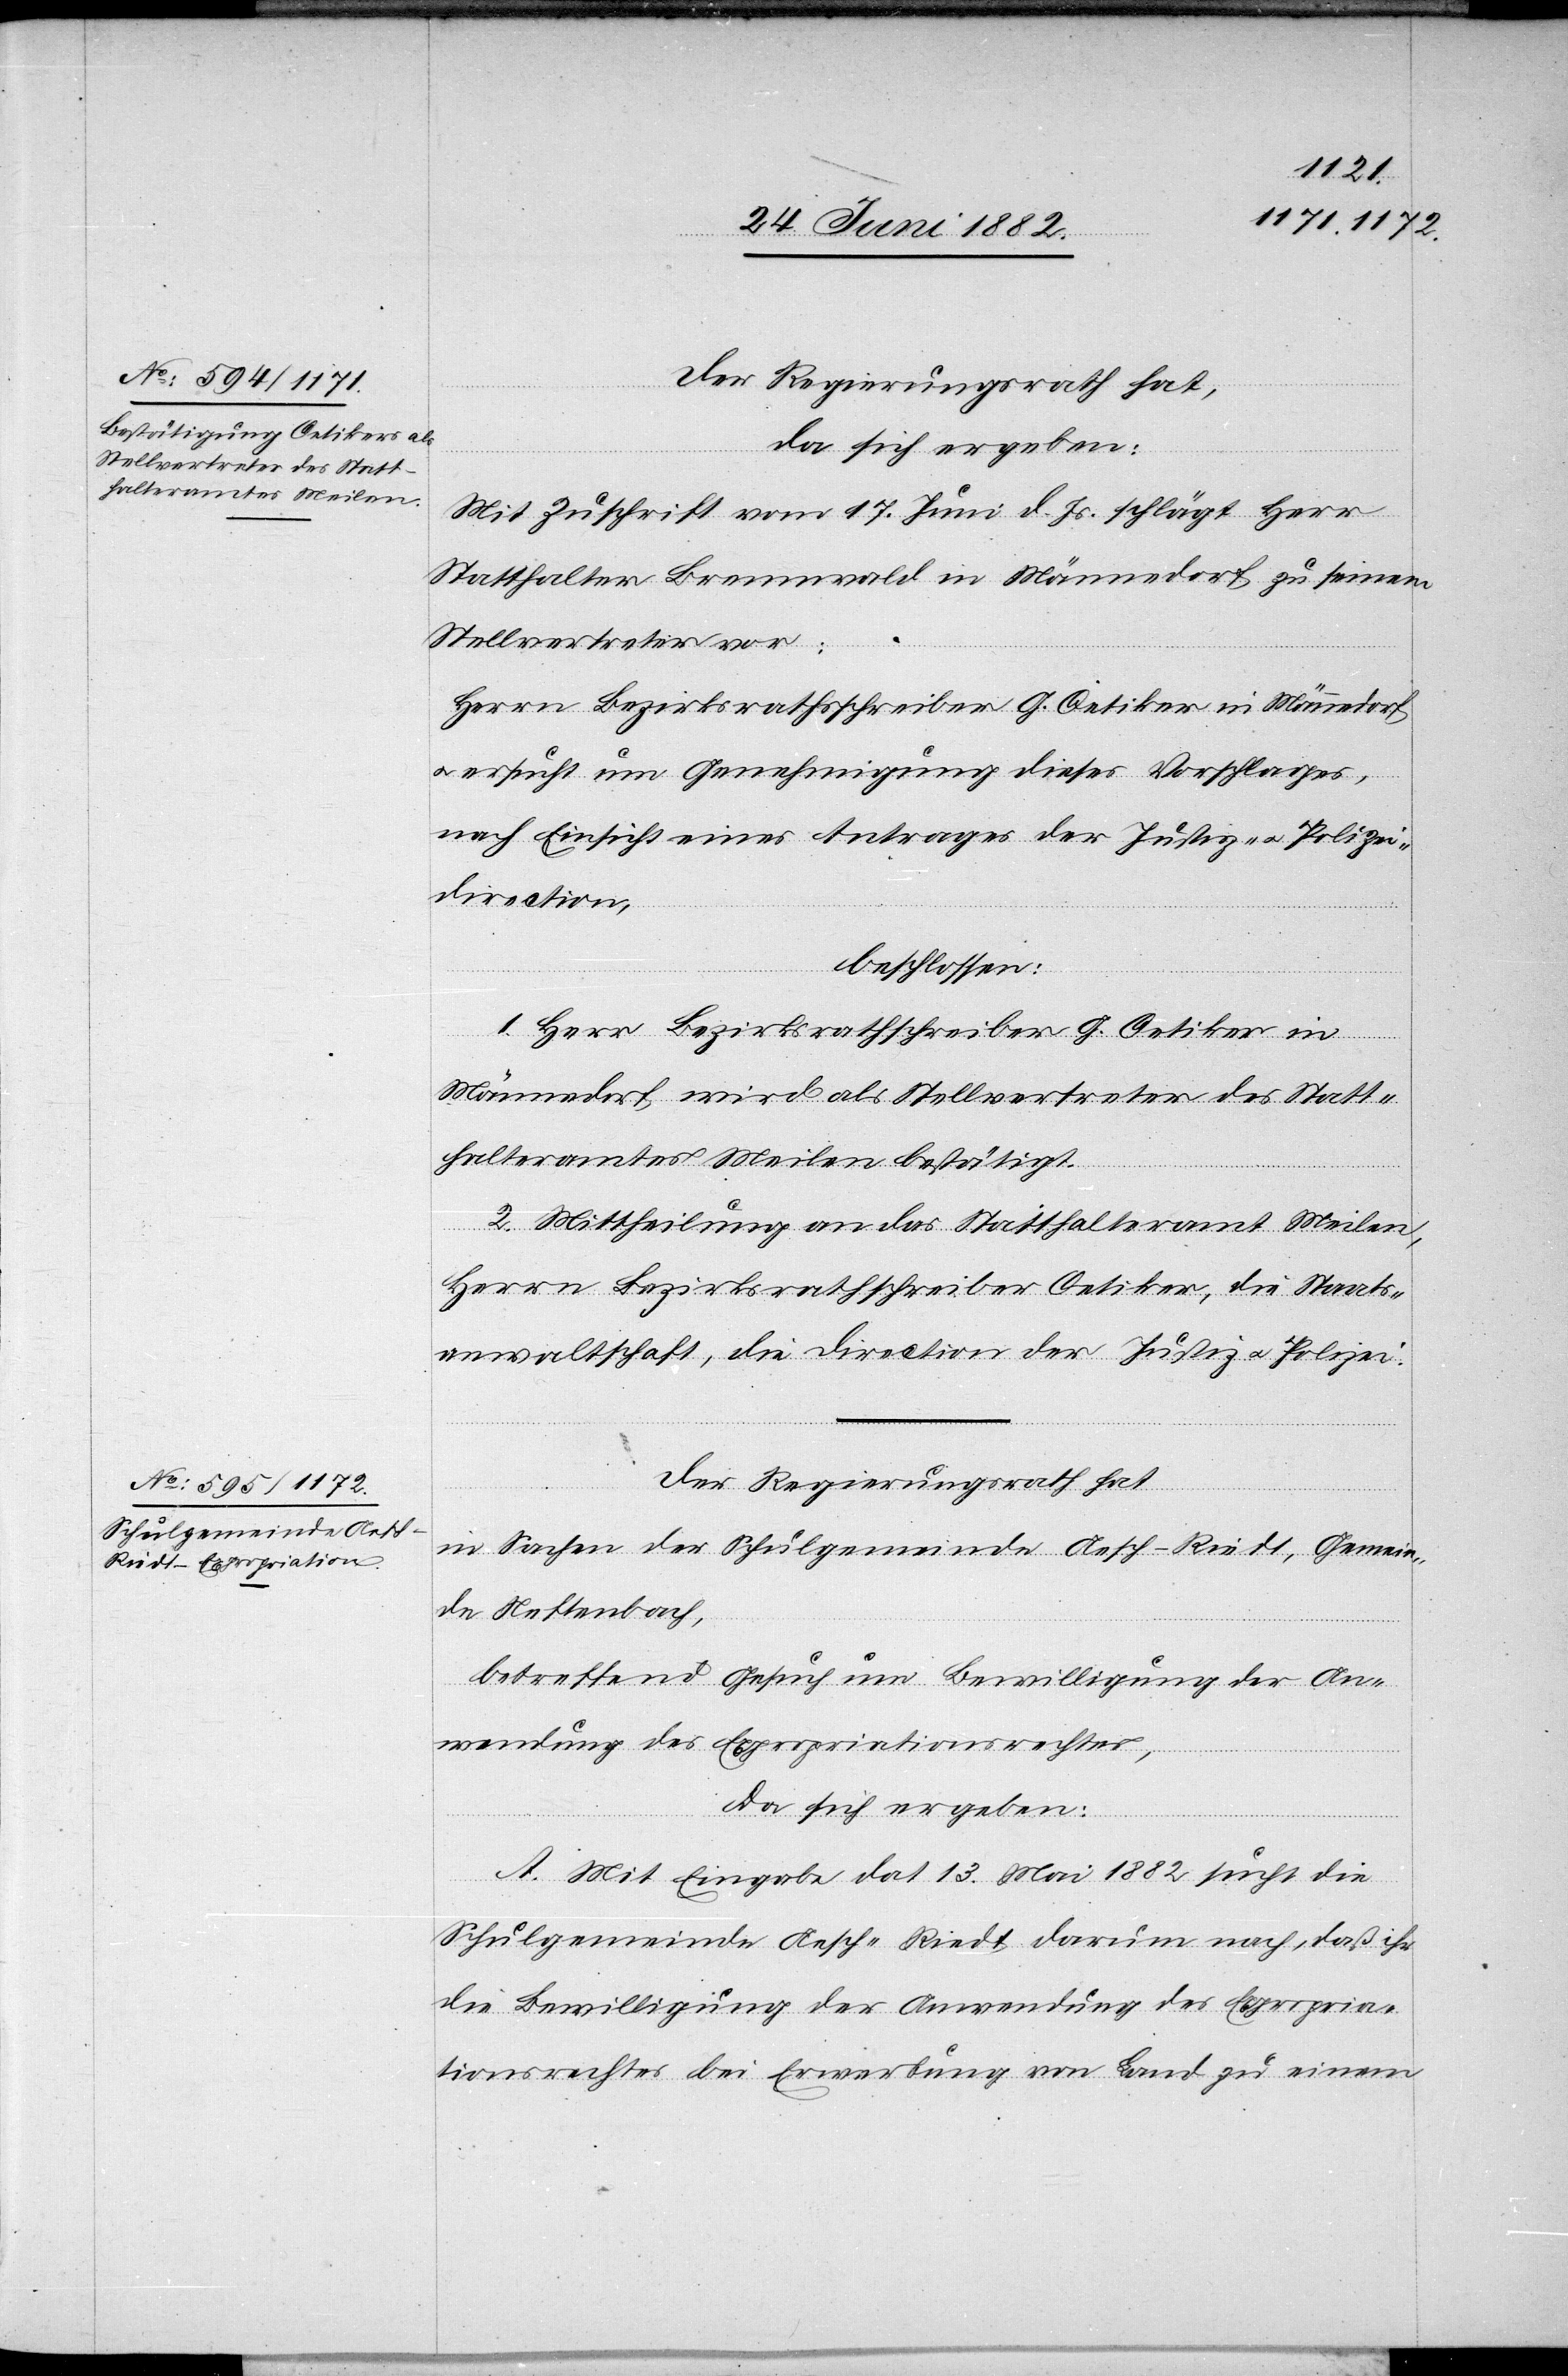
Der Regierungsrath hat,
da sich ergeben:
Mit Zuschrift vom 17. Juni d. Js. schlägt Herr
Statthalter Brennwald in Männedorf zu seinem
Stellvertreter vor:
Herrn Bezirksrathsschreiber G. Oetiker in Männedorf,
ersucht um Genehmigung dieses Vorschlages,
nach Einsicht eines Antrages der Justiz- u. Polizei¬
direction,
beschlossen:
u.
1. Herr Bezirksrathschreiber G. Oetiker in
Männedorf wird als Stellvertreter des Statt¬
halteramtes Meilen bestätigt.
2. Mittheilung an das Statthalteramt Meilen,
Herrn Bezirksrathschreiber Oetiker, die Staats¬
anwaltschaft, die Direction der Justiz u. Polizei.
Der Regierungsrath hat,
in Sachen der Schulgemeinde Aesch-Riedt, Gemein¬
de Neftenbach,
betreffend Gesuch um Bewilligung der An¬
wendung des Expropriationsrechtes,
da sich ergeben:
A. Mit Eingabe dat. 13. Mai 1882 sucht die
Schulgemeinde Aesch-Riedt darum nach, daß ihr
die Bewilligung der Anwendung des Expropria¬
tionsrechtes bei Erwerbung von Land zu einem